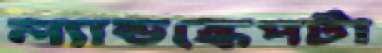
ল্যান্ডস্কেপটা